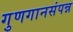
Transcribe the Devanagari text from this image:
गुणगानसंपन्न